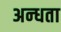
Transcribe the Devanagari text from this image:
अन्‍धता